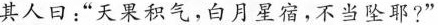
其人日：“天果积气，白月星宿，不当坠耶?”